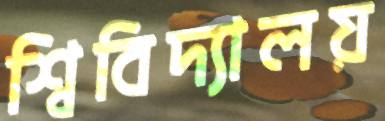
শ্বিবিদ্যালয়